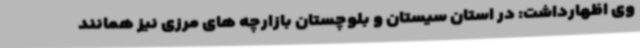
وی اظهارداشت: در استان سیستان و بلوچستان بازارچه های مرزی نیز همانند